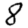
Digit: 8